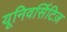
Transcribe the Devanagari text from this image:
यूनिवर्सिटिज़